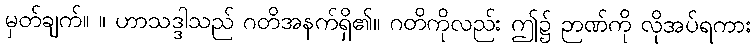
မှတ်ချက်။ ။ ဟာသဒ္ဒါသည် ဂတိအနက်ရှိ၏။ ဂတိကိုလည်း ဤ၌ ဉာဏ်ကို လိုအပ်ရကား